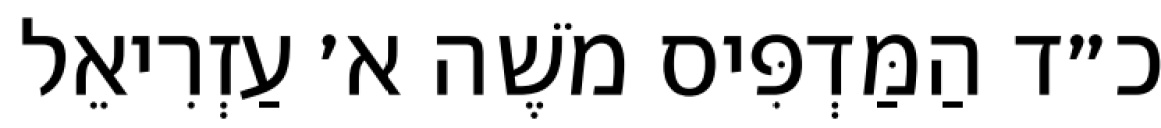
כ״ד הַמַּדְפִּיס מֹשֶׁה א׳ עַזְרִיאֵל